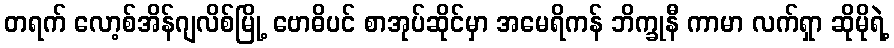
တရက် လော့စ်အိန်ဂျလိစ်မြို့ ဗောဓိပင် စာအုပ်ဆိုင်မှာ အမေရိကန် ဘိက္ခုနီ ကာမာ လက်ရှာ ဆိုမိုရဲ့